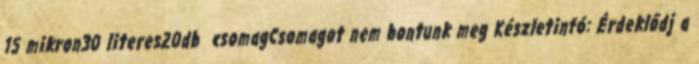
15 mikron30 literes20db csomagCsomagot nem bontunk meg Készletinfó: Érdeklődj a